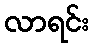
လာရင်း